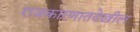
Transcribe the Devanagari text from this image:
राजकारणातदेखील